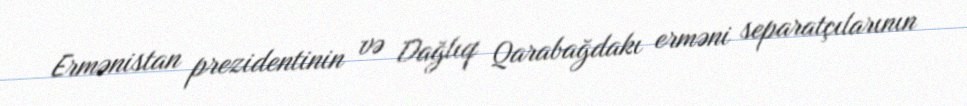
Ermənistan prezidentinin və Dağlıq Qarabağdakı erməni separatçılarının